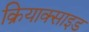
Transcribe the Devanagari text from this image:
क्रियाक्साइड